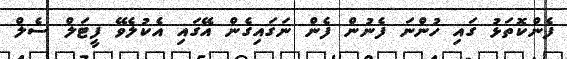
ފެންކޮތަޅު ގައި ހުންނަ ފެނުން ފެން ނަގައިގެން އޭގައި އެކުލެވޭ ފީޓަލް ސެލް